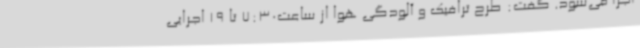
اجرا می‌شود. گفت: طرح ترافیک و آلودگی هوا از ساعت7:30 تا 19 اجرایی